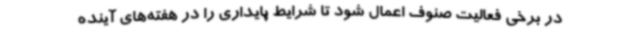
در برخی فعالیت صنوف اعمال شود تا شرایط پایداری را در هفته‌های آینده